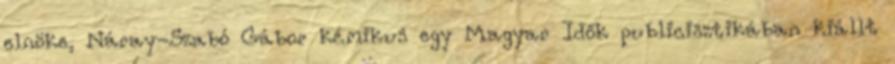
elnöke, Náray-Szabó Gábor kémikus egy Magyar Idők publicisztikában kiállt